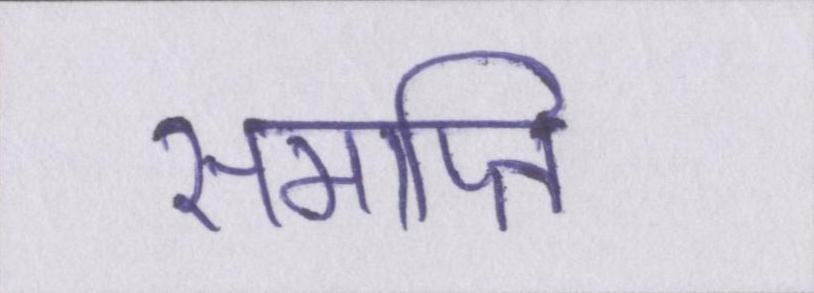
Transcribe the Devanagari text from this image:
समाप्ति